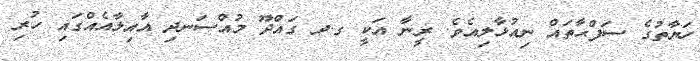
ހަޔާތުގެ ސަފްޙާތައް ނިއުޅާލިއެވެ. ރީނާ އަކީ ގ.ދ ގައްދޫ މުއްސަނދި އާއިލާއެއްގައި ހުރި